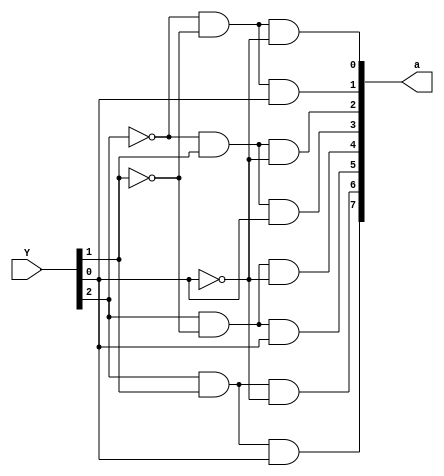
module decoder3to8 (Y , a);

 input [2:0] Y; // Y represents form Y2 Y1 Y0 //i.e. 110 represents Y2=1,Y1=1,Y0=0 i.e. 6 .
 output [7:0] a; // a represents form a7 a6 a5 a4 a3 a2 a1 a0 //i.e. 01000000 represents a0=0 a1=0 a2=0 a3=0 a4=0 a5=0 a6=1 a7=0 .
 wire [7:0] a;

 // using SoP ways to represent a_i.
 assign a[0] = ~Y[2] & ~Y[1] & ~Y[0];
 assign a[1] = ~Y[2] & ~Y[1] & Y[0];
 assign a[2] = ~Y[2] & Y[1] & ~Y[0];
 assign a[3] = ~Y[2] & Y[1] & Y[0];
 assign a[4] = Y[2] & ~Y[1] & ~Y[0];
 assign a[5] = Y[2] & ~Y[1] & Y[0];
 assign a[6] = Y[2] & Y[1] & ~Y[0];
 assign a[7] = Y[2] & Y[1] & Y[0];

endmodule